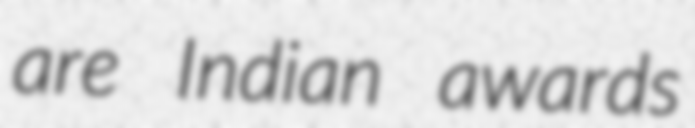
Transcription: are Indian awards